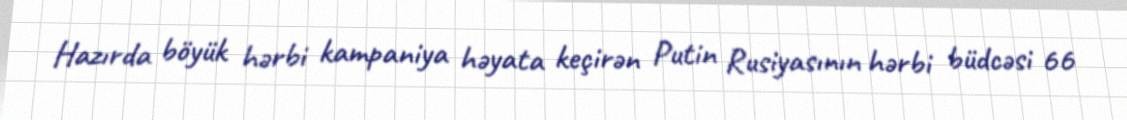
Hazırda böyük hərbi kampaniya həyata keçirən Putin Rusiyasının hərbi büdcəsi 66